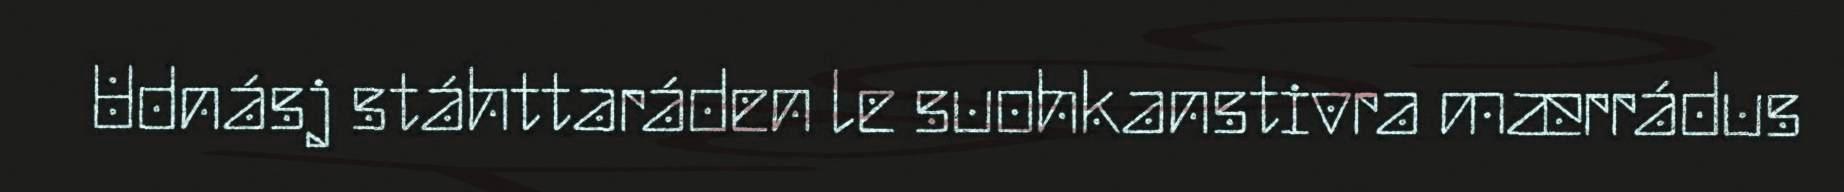
Udnásj stáhttaráden le suohkanstivra mærrádus